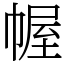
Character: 幄